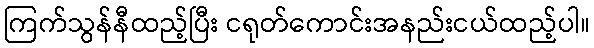
ကြက်သွန်နီထည့်ပြီး ငရုတ်ကောင်းအနည်းငယ်ထည့်ပါ။